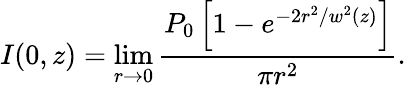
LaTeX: I(0,z)=\operatorname*{lim}_{r\to 0}{\frac{P_{0}\left[1-e^{-2r^{2}/w^{2}(z)}\right]}{\pi r^{2}}}.